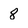
Character: 8